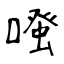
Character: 𠽟